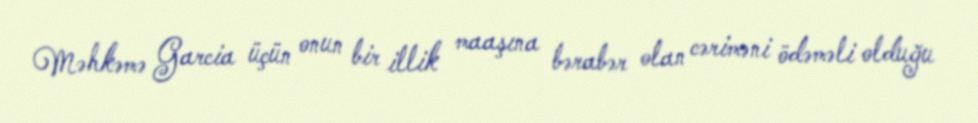
Məhkəmə Garcia üçün onun bir illik maaşına bərabər olan cəriməni ödəməli olduğu